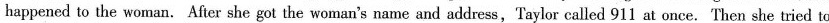
happened to the woman. After she got the woman's name and address,Taylor called 911 at once. Then she tried to